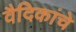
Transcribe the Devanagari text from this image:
वैदिकांचे